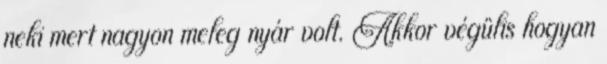
neki mert nagyon meleg nyár volt. Akkor végülis hogyan